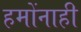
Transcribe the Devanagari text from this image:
हमोंनाही